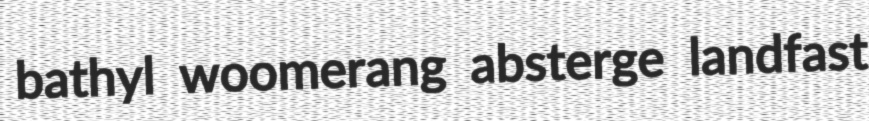
bathyl woomerang absterge landfast